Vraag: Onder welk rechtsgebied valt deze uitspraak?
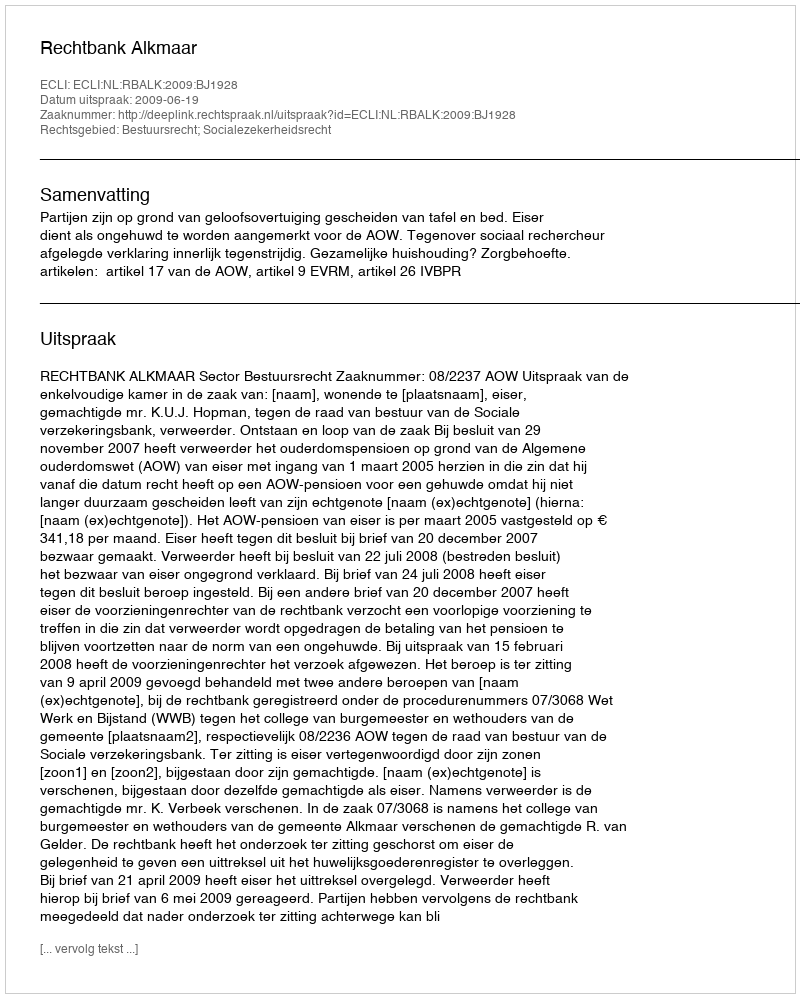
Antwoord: Bestuursrecht; Socialezekerheidsrecht